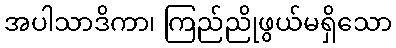
အပါသာဒိကာ၊ ကြည်ညိုဖွယ်မရှိသော